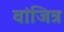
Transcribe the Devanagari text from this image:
वांजित्र